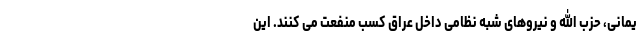
یمانی، حزب الله و نیروهای شبه نظامی داخل عراق کسب منفعت می کنند. این